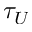
\tau _ { U }